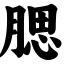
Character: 腮